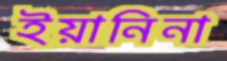
ইয়ানিনা